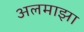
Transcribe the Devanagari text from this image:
अलमाझा